Senior Leaving Certificate Examination (including Day School Certificate (Higher) General paper), 1946
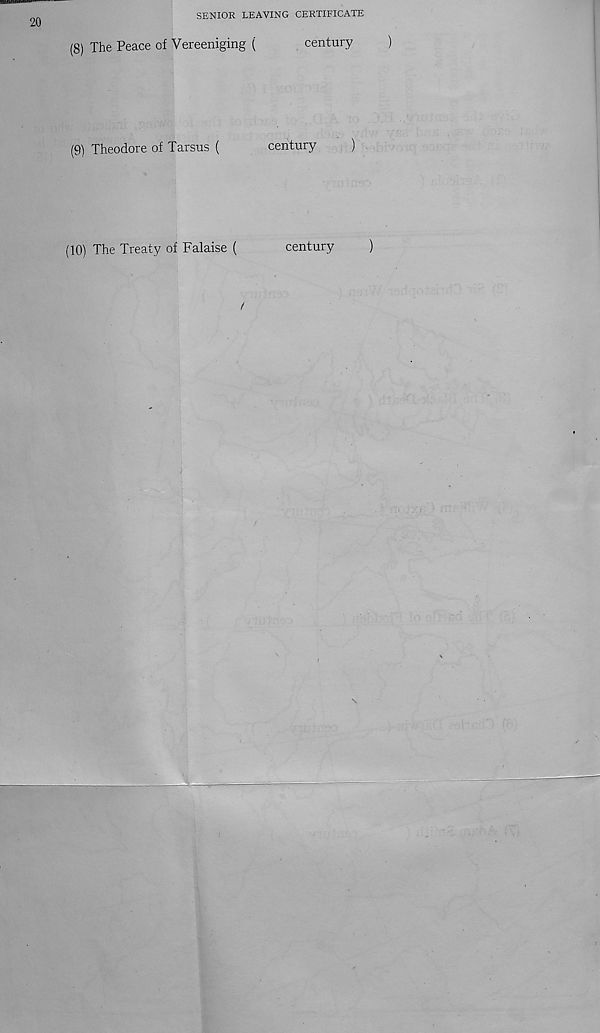
20
SENIOR LEAVING CERTIFICATE
(8) The Peace of Vereeniging (
(9) Theodore of Tarsus (
(10) The Treaty of Falaise (
I
century
)
century
)
century
)